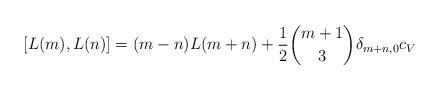
LaTeX: \begin{align*} [L(m),L(n)]=(m-n)L(m+n)+\frac{1}{2}\binom{m+1}{3}\delta_{m+n,0}c_V\end{align*}